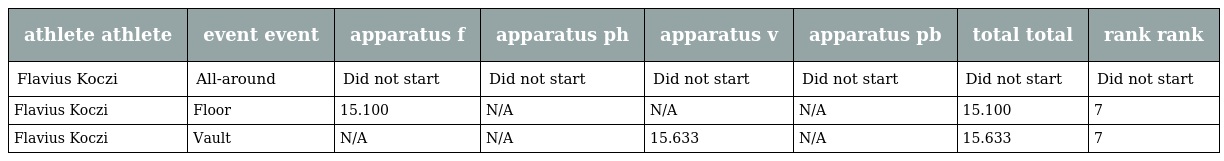
| athlete athlete | event event | apparatus f | apparatus ph | apparatus v | apparatus pb | total total | rank rank |
 | --- | --- | --- | --- | --- | --- | --- | --- |
 | Flavius Koczi | All-around | Did not start | Did not start | Did not start | Did not start | Did not start | Did not start |
 | Flavius Koczi | Floor | 15.100 | N/A | N/A | N/A | 15.100 | 7 |
 | Flavius Koczi | Vault | N/A | N/A | 15.633 | N/A | 15.633 | 7 |